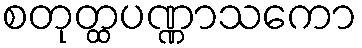
စတုတ္ထပဏ္ဏာသကော